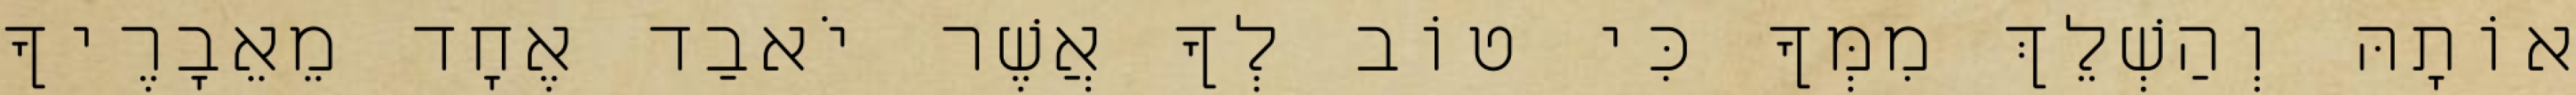
אוֹתָהּ וְהַשְׁלֵךְ מִמְּךָ כִּי טוֹב לְךָ אֲשֶׁר יֹאבַד אֶחָד מֵאֵבָרֶיךָ